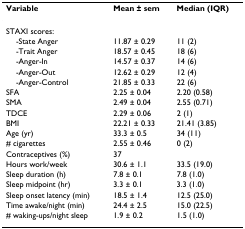
| Variable | Mean ± sem | Median (IQR) |
 | --- | --- | --- |
 | STAXI scores: |  |  |
 | -State Anger | 11.87 ± 0.29 | 11 (2) |
 | -Trait Anger | 18.57 ± 0.45 | 18 (6) |
 | -Anger-In | 14.57 ± 0.37 | 14 (6) |
 | -Anger-Out | 12.62 ± 0.29 | 12 (4) |
 | -Anger-Control | 21.85 ± 0.33 | 22 (6) |
 | SFA | 2.25 ± 0.04 | 2.20 (0.58) |
 | SMA | 2.49 ± 0.04 | 2.55 (0.71) |
 | TDCE | 2.29 ± 0.06 | 2 (1) |
 | BMI | 22.21 ± 0.33 | 21.41 (3.85) |
 | Age (yr) | 33.3 ± 0.5 | 34 (11) |
 | # cigarettes | 2.55 ± 0.46 | 0 (2) |
 | Contraceptives (%) | 37 |  |
 | Hours work/week | 30.6 ± 1.1 | 33.5 (19.0) |
 | Sleep duration (h) | 7.8 ± 0.1 | 7.8 (1.0) |
 | Sleep midpoint (hr) | 3.3 ± 0.1 | 3.3 (1.0) |
 | Sleep onset latency (min) | 18.5 ± 1.4 | 12.5 (25.0) |
 | Time awake/night (min) | 24.4 ± 2.5 | 15.0 (22.5) |
 | # waking-ups/night sleep | 1.9 ± 0.2 | 1.5 (1.0) |